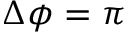
\Delta \phi = \pi